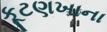
કૂટણખાના